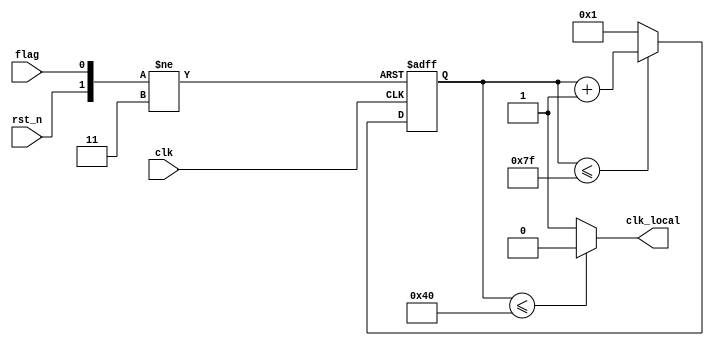
module freq_divider(clk, clk_local, rst_n, flag);

	//frequency divider, here we make 4MHz clock to local time, we do this by a counter, and localize clk
	input clk,flag;  // flag is indicated the signal start(1) or signal stop(0)
	input rst_n;
	output clk_local;
	
	reg[7:0] cnt;
	
	always @(negedge clk or negedge rst_n or negedge flag)
		if(!rst_n) cnt <= 8'd0;
		else if (!flag) cnt <= 8'd0;
		else if(cnt <= 8'd127) cnt <= cnt + 1'd1;
		else cnt <= 8'd1;
	
	assign  clk_local = ( cnt <= 8'd64) ? 1'b0 : 1'b1;
		
	
	
endmodule